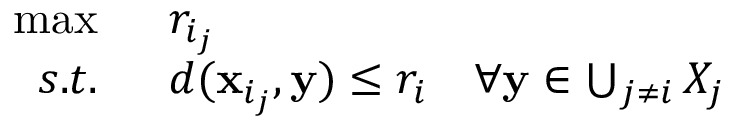
\begin{array} { r l } { \operatorname* { m a x } \; \; } & { { } { r _ { i _ { j } } } } \\ { s . t . \; \; } & { { } d ( \mathbf { x } _ { i _ { j } } , \mathbf { y } ) \leq r _ { i } \quad \forall \mathbf { y } \in \bigcup _ { j \neq i } X _ { j } } \end{array}